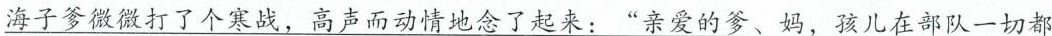
\underline{海子爹微微打了个寒战，高声而动情地念了起来：”亲爱的 妈，孩儿在部队一切都}